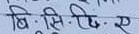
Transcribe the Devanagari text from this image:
बि.सि.ए.स.